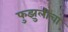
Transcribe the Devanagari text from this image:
फुझुलीचा